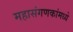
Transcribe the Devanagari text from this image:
महासंगणकांमध्ये